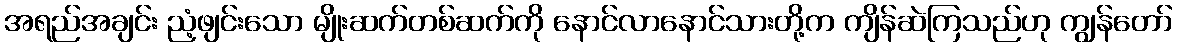
အရည်အချင်း ညံ့ဖျင်းသော မျိုးဆက်တစ်ဆက်ကို နောင်လာနောင်သားတို့က ကျိန်ဆဲကြသည်ဟု ကျွန်တော်